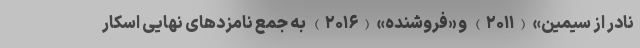
نادر از سیمین» (۲۰۱۱) و «فروشنده» (۲۰۱۶) به جمع نامزدهای نهایی اسکار